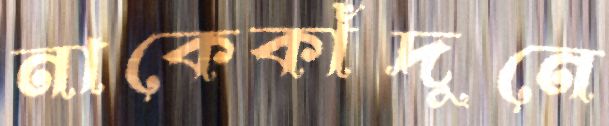
নাকেকাঁদুনে